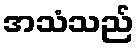
အသံသည်